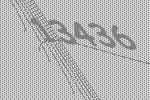
13436